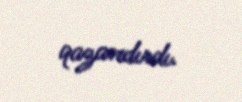
qazandırdı.